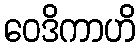
ဝေဒိကာဟိ